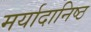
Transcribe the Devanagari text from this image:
मर्यादानिष्ठ